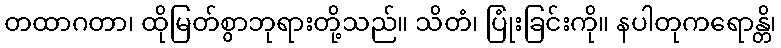
တထာဂတာ၊ ထိုမြတ်စွာဘုရားတို့သည်။ သိတံ၊ ပြုံးခြင်းကို။ နပါတုကရောန္တိ၊